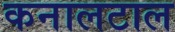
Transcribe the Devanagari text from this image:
कनालटाल